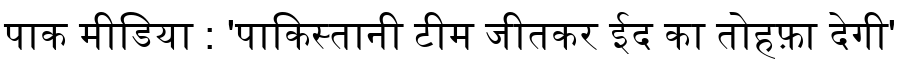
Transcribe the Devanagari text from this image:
पाक मीडिया : 'पाकिस्तानी टीम जीतकर ईद का तोहफ़ा देगी'